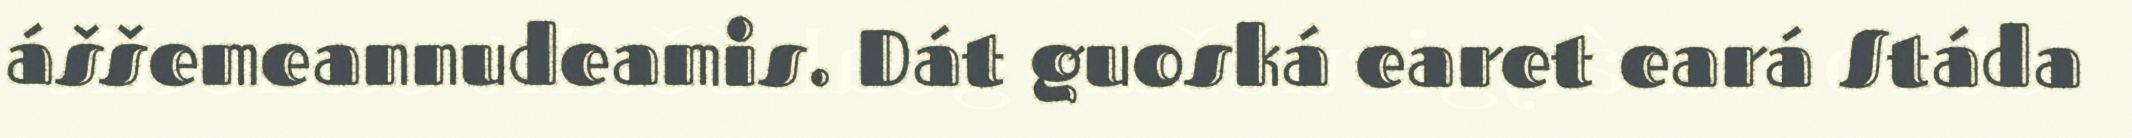
áššemeannudeamis. Dát guoská earet eará Stáda